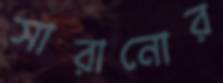
সারানোর